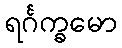
ရင်္ဂက္ခမော